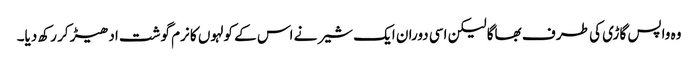
وہ واپس گاڑی کی طر ف بھاگا لیکن اسی دوران ایک شیر نے اس کے کولہوں کا نرم گوشت ادھیڑ کر رکھ دیا۔